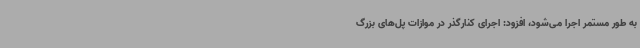
به طور مستمر اجرا می‌شود، افزود: اجرای کنارگذر در موازات پل‌های بزرگ